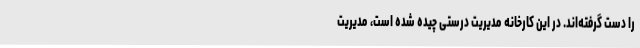
را دست گرفته‌اند. در این کارخانه مدیریت درستی چیده شده است، مدیریت